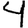
Digit: 4